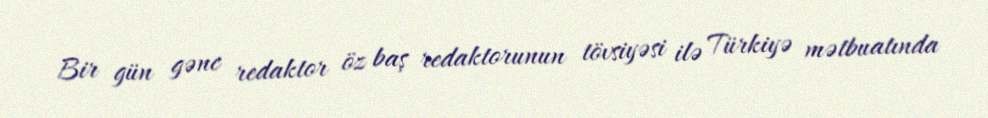
Bir gün gənc redaktor öz baş redaktorunun tövsiyəsi ilə Türkiyə mətbuatında